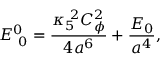
E _ { ~ 0 } ^ { 0 } = { \frac { \kappa _ { 5 } ^ { ~ 2 } C _ { \phi } ^ { 2 } } { 4 a ^ { 6 } } } + { \frac { { \cal E } _ { 0 } } { a ^ { 4 } } } ,